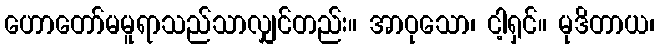
ဟောတော်မမူရာသည်သာလျှင်တည်း။ အာဝုသော၊ ငါ့ရှင်။ မုဒိတာယ၊